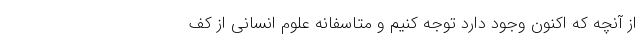
از آنچه که اکنون وجود دارد توجه کنیم و متاسفانه علوم انسانی از کف